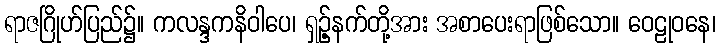
ရာဇဂြိုဟ်ပြည်၌။ ကလန္ဒကနိဝါပေ၊ ရှဉ့်နက်တို့အား အစာပေးရာဖြစ်သော။ ဝေဠုဝနေ၊